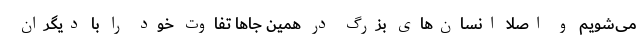
می‌شویم و اصلاً انسان‌های بزرگ در همین جاها تفاوت خود را با دیگران